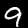
Digit: 9